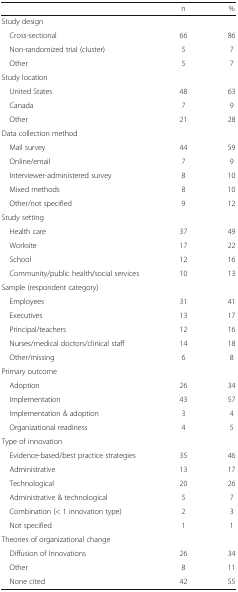
<table><thead><tr><td></td><td><b>n</b></td><td><b>%</b></td></tr></thead><tbody><tr><td colspan="3">Study design</td></tr><tr><td> Cross-sectional</td><td>66</td><td>86</td></tr><tr><td> Non-randomized trial (cluster)</td><td>5</td><td>7</td></tr><tr><td> Other</td><td>5</td><td>7</td></tr><tr><td colspan="3">Study location</td></tr><tr><td> United States</td><td>48</td><td>63</td></tr><tr><td> Canada</td><td>7</td><td>9</td></tr><tr><td> Other</td><td>21</td><td>28</td></tr><tr><td colspan="3">Data collection method</td></tr><tr><td> Mail survey</td><td>44</td><td>59</td></tr><tr><td> Online/email</td><td>7</td><td>9</td></tr><tr><td> Interviewer-administered survey</td><td>8</td><td>10</td></tr><tr><td> Mixed methods</td><td>8</td><td>10</td></tr><tr><td> Other/not specified</td><td>9</td><td>12</td></tr><tr><td colspan="3">Study setting</td></tr><tr><td> Health care</td><td>37</td><td>49</td></tr><tr><td> Worksite</td><td>17</td><td>22</td></tr><tr><td> School</td><td>12</td><td>16</td></tr><tr><td> Community/public health/social services</td><td>10</td><td>13</td></tr><tr><td colspan="3">Sample (respondent category)</td></tr><tr><td> Employees</td><td>31</td><td>41</td></tr><tr><td> Executives</td><td>13</td><td>17</td></tr><tr><td> Principal/teachers</td><td>12</td><td>16</td></tr><tr><td> Nurses/medical doctors/clinical staff</td><td>14</td><td>18</td></tr><tr><td> Other/missing</td><td>6</td><td>8</td></tr><tr><td colspan="3">Primary outcome</td></tr><tr><td> Adoption</td><td>26</td><td>34</td></tr><tr><td> Implementation</td><td>43</td><td>57</td></tr><tr><td> Implementation &amp; adoption</td><td>3</td><td>4</td></tr><tr><td> Organizational readiness</td><td>4</td><td>5</td></tr><tr><td colspan="3">Type of innovation</td></tr><tr><td> Evidence-based/best practice strategies</td><td>35</td><td>46</td></tr><tr><td> Administrative</td><td>13</td><td>17</td></tr><tr><td> Technological</td><td>20</td><td>26</td></tr><tr><td> Administrative &amp; technological</td><td>5</td><td>7</td></tr><tr><td> Combination (&lt; 1 innovation type)</td><td>2</td><td>3</td></tr><tr><td> Not specified</td><td>1</td><td>1</td></tr><tr><td colspan="3">Theories of organizational change</td></tr><tr><td> Diffusion of Innovations</td><td>26</td><td>34</td></tr><tr><td> Other</td><td>8</td><td>11</td></tr><tr><td> None cited</td><td>42</td><td>55</td></tr></tbody></table>